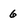
Character: 6